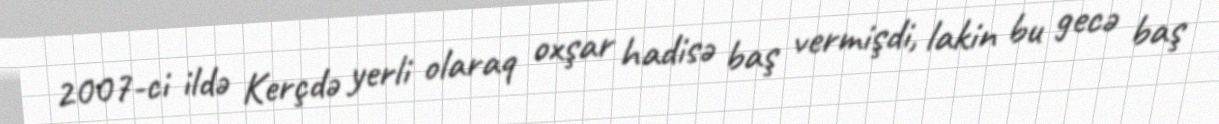
2007-ci ildə Kerçdə yerli olaraq oxşar hadisə baş vermişdi, lakin bu gecə baş